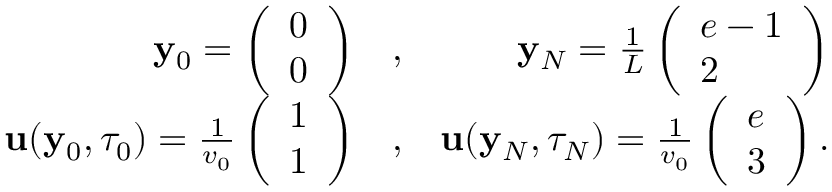
\begin{array} { r l r } { { \mathbf y } _ { 0 } = \left( \begin{array} { l } { 0 } \\ { 0 } \end{array} \right) } & { , } & { { \mathbf y } _ { N } = \frac { 1 } { L } \left( \begin{array} { l } { e - 1 } \\ { 2 } \end{array} \right) } \\ { { \mathbf u } ( { \mathbf y } _ { 0 } , \tau _ { 0 } ) = \frac { 1 } { v _ { 0 } } \left( \begin{array} { l } { 1 } \\ { 1 } \end{array} \right) } & { , } & { { \mathbf u } ( { \mathbf y } _ { N } , \tau _ { N } ) = \frac { 1 } { v _ { 0 } } \left( \begin{array} { l } { e } \\ { 3 } \end{array} \right) . } \end{array}